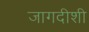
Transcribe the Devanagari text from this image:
जागदीशी